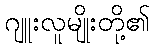
ဂျူးလူမျိုးတို့၏